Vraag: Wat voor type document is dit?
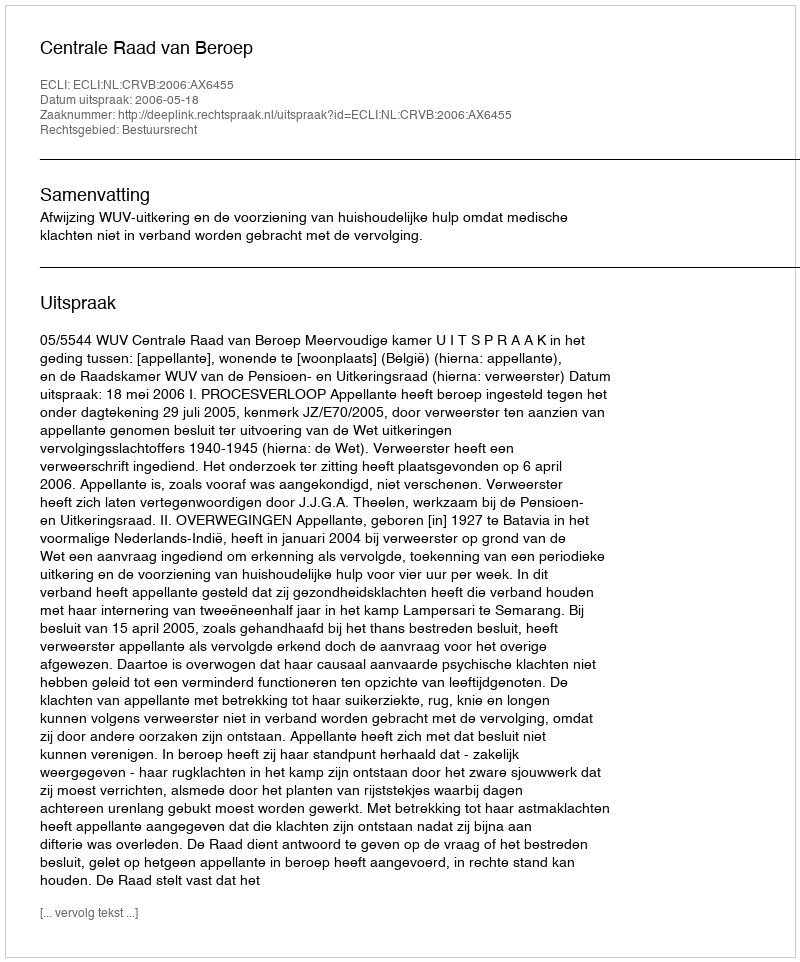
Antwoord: Uitspraak